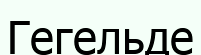
Гегельде